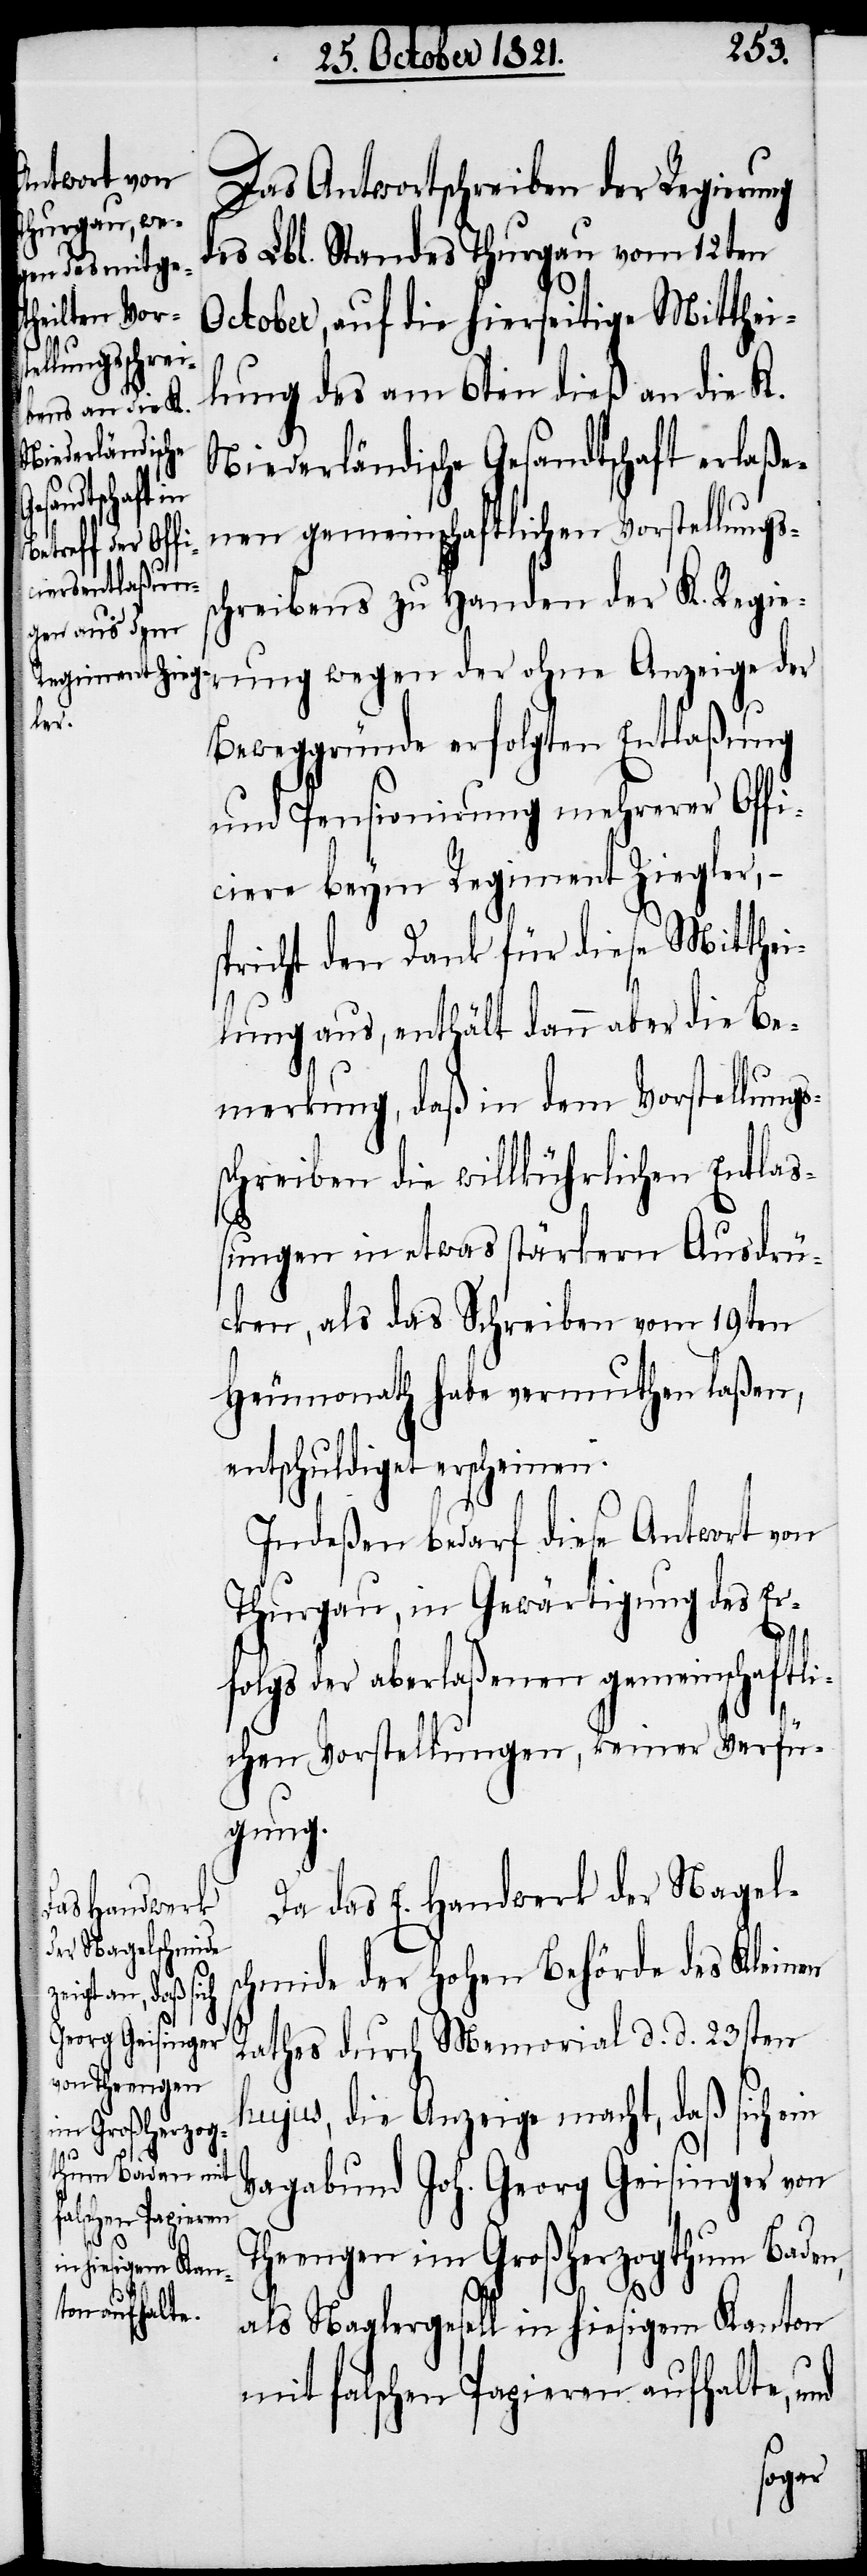
s¬

Das Antwortschreiben der Regierung
des Lbl. Standes Thurgau vom 12ten
October, auf die hierseitige Mitthei¬
lung des am 6ten dieß an die K.
Niederländische Gesandtschaft erlaße¬
nen gemeinschaftlichen Vorstellungss¬
chreibens zu Handen der K. Regie¬
rung wegen der ohne Anzeige der
Beweggründe erfolgten Entlaßung
und Pensionirung mehrerer Offi¬
ciere beym Regiment Ziegler, –
pricht den Dank für diese Mitthei¬
lung aus, enthält dann aber die Be¬
merkung, daß in dem Vorstellungs¬
schreiben die willkührlichen Entlaß¬
ungen in etwas stärkern Ausdrü¬
cken, als das Schreiben vom 19ten
Heumonath habe vermuten laßen,
entschuldiget erscheinen.
Indeßen bedarf diese Antwort von
Thurgau, in Gewärtigung des Er¬
folgs der aberlaßenen gemeinschaftli¬
chen Vorstellungen, keine Verfü¬
gung.
Da das E. Handwerk der Nagels¬
chmiede der hohen Behörde des Kleinen
Rathes durch Memorial d. d. 23sten
hujus, die Anzeige macht, daß sich ein
Vagabund Joh. Georg Geisinger von
Thengen im Großherzogthum Baden,
als Naglergesell in hiesigem Kanton
mit falschen Papieren aufhalte, und